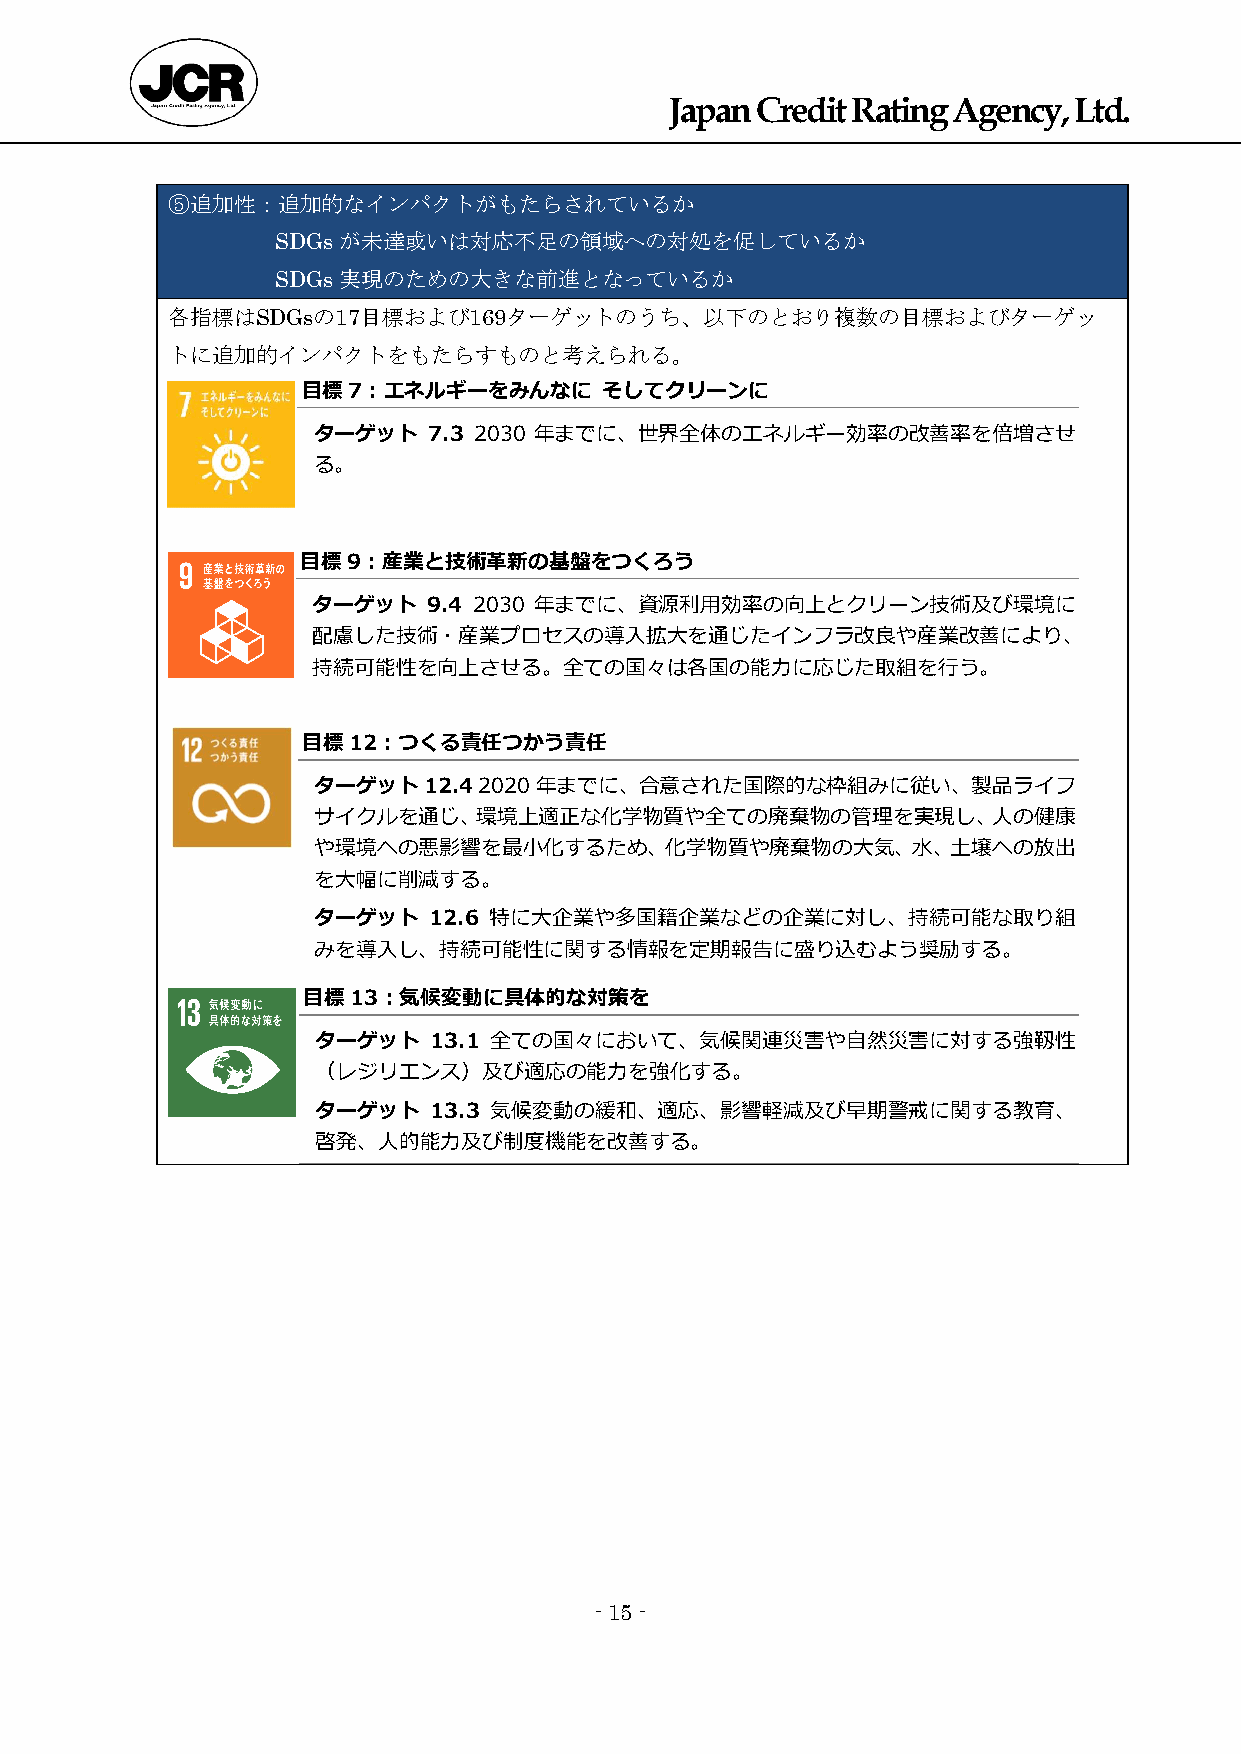
Japan Credit Rating Agency, Ltd.
 ⑤追加性：追加的なインパクトがもたらされているか
 SDGsが未達或いは対応不足の領域への対処を促しているか
 SDGs実現のための大きな前進となっているか
 各指標はSDGsの17目標および169ターゲットのうち、以下のとおり複数の目標およびターゲッ
 トに追加的インパクトをもたらすものと考えられる。
 目標7：エネルギーをみんなに      そしてクリーンに
 ターゲット  7.3 2030 年までに、世界全体のエネルギー効率の改善率を倍増させ
 る。
 目標9：産業と技術革新の基盤をつくろう
 ターゲット  9.4 2030 年までに、資源利用効率の向上とクリーン技術及び環境に
 配慮した技術・産業プロセスの導入拡大を通じたインフラ改良や産業改善により、
 持続可能性を向上させる。全ての国々は各国の能力に応じた取組を行う。
 目標12：つくる責任つかう責任
 ターゲット12.4  2020年までに、合意された国際的な枠組みに従い、製品ライフ
 サイクルを通じ、環境上適正な化学物質や全ての廃棄物の管理を実現し、人の健康
 や環境への悪影響を最小化するため、化学物質や廃棄物の大気、水、土壌への放出
 を大幅に削減する。
 ターゲット  12.6 特に大企業や多国籍企業などの企業に対し、持続可能な取り組
 みを導入し、持続可能性に関する情報を定期報告に盛り込むよう奨励する。
 目標13：気候変動に具体的な対策を
 ターゲット  13.1 全ての国々において、気候関連災害や自然災害に対する強靱性
 （レジリエンス）及び適応の能力を強化する。
 ターゲット  13.3 気候変動の緩和、適応、影響軽減及び早期警戒に関する教育、
 啓発、人的能力及び制度機能を改善する。
 - 15 -